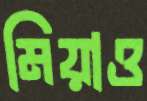
মিয়াও